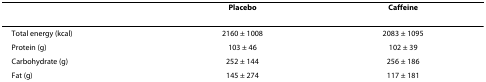
<table><thead><tr><td></td><td><b>Placebo</b></td><td><b>Caffeine</b></td></tr></thead><tbody><tr><td>Total energy (kcal)</td><td>2160 ± 1008</td><td>2083 ± 1095</td></tr><tr><td>Protein (g)</td><td>103 ± 46</td><td>102 ± 39</td></tr><tr><td>Carbohydrate (g)</td><td>252 ± 144</td><td>256 ± 186</td></tr><tr><td>Fat (g)</td><td>145 ± 274</td><td>117 ± 181</td></tr></tbody></table>